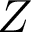
Z